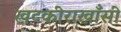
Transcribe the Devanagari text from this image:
खटकीराखाँसी